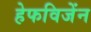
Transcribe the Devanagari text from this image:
हेफविजेंन